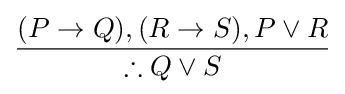
{\frac {(P\to Q),(R\to S),P\lor R}{\therefore Q\lor S}}